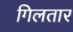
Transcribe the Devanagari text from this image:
गिलतार